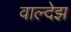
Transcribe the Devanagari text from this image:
वाल्देझ